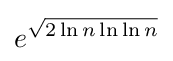
e^{\sqrt {2\ln {n}\ln {\ln {n}}}}